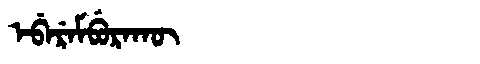
Manchu: ᡝᠪᡝᡵᡝᠮᠪᡠᡵᠠᡴᡡ
Romanization: EBEREMBURAKŪ